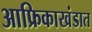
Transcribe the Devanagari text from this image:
आफ्रिकाखंडात